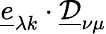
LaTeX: \underline{{e}}_{\lambda k}\cdot\underline{{\mathcal{D}}}_{\nu\mu}